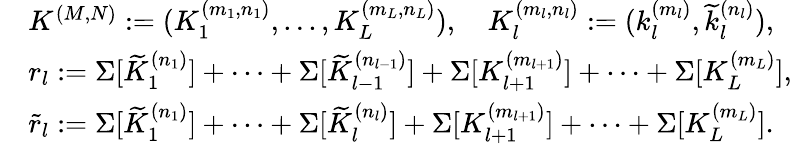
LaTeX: \begin{array}{rl}&{K^{(M,N)}:=(K_{1}^{(m_{1},n_{1})},...,K_{L}^{(m_{L},n_{L})}),\quad K_{l}^{(m_{l},n_{l})}:=(k_{l}^{(m_{l})},\widetilde{k}_{l}^{(n_{l})}),}\\ &{r_{l}:=\Sigma[\widetilde{K}_{1}^{(n_{1})}]+\cdots+\Sigma[\widetilde{K}_{l-1}^{(n_{l-1})}]+\Sigma[{K}_{l+1}^{(m_{l+1})}]+\cdots+\Sigma[{K}_{L}^{(m_{L})}],}\\ &{\widetilde{r}_{l}:=\Sigma[\widetilde{K}_{1}^{(n_{1})}]+\cdots+\Sigma[\widetilde{K}_{l}^{(n_{l})}]+\Sigma[{K}_{l+1}^{(m_{l+1})}]+\cdots+\Sigma[{K}_{L}^{(m_{L})}].}\end{array}